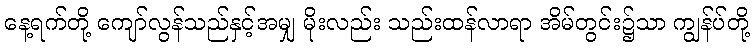
နေ့ရက်တို့ ကျော်လွန်သည်နှင့်အမျှ မိုးလည်း သည်းထန်လာရာ အိမ်တွင်း၌သာ ကျွန်ပ်တို့